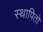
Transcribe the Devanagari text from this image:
स्थापितो